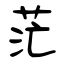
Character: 茫